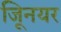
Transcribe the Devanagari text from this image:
जूिनयर